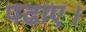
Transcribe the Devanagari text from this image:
पढाए।